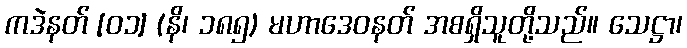
ကဒဲနတ် [၀၁] (နိ၊ ၁၈၅) မဟာဒေဝနတ် အစရှိသူတို့သည်။ သေဋ္ဌာ၊